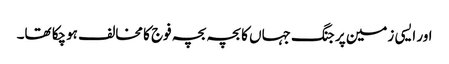
اور ایسی زمین پر جنگ جہاں کا بچہ بچہ فوج کا مخالف ہوچکا تھا۔